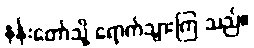
နန်းတော်သို့ ရောက်သွားကြ သည်။